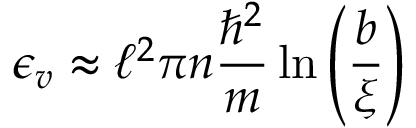
\epsilon _ { v } \approx \ell ^ { 2 } \pi n { \frac { \hbar ^ { 2 } } { m } } \ln \left( { \frac { b } { \xi } } \right)